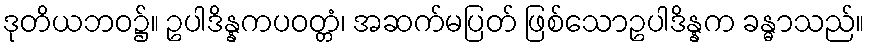
ဒုတိယဘဝ၌။ ဥပါဒိန္နကပဝတ္တံ၊ အဆက်မပြတ် ဖြစ်သောဥပါဒိန္နက ခန္ဓာသည်။